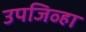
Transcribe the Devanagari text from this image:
उपजिव्हा